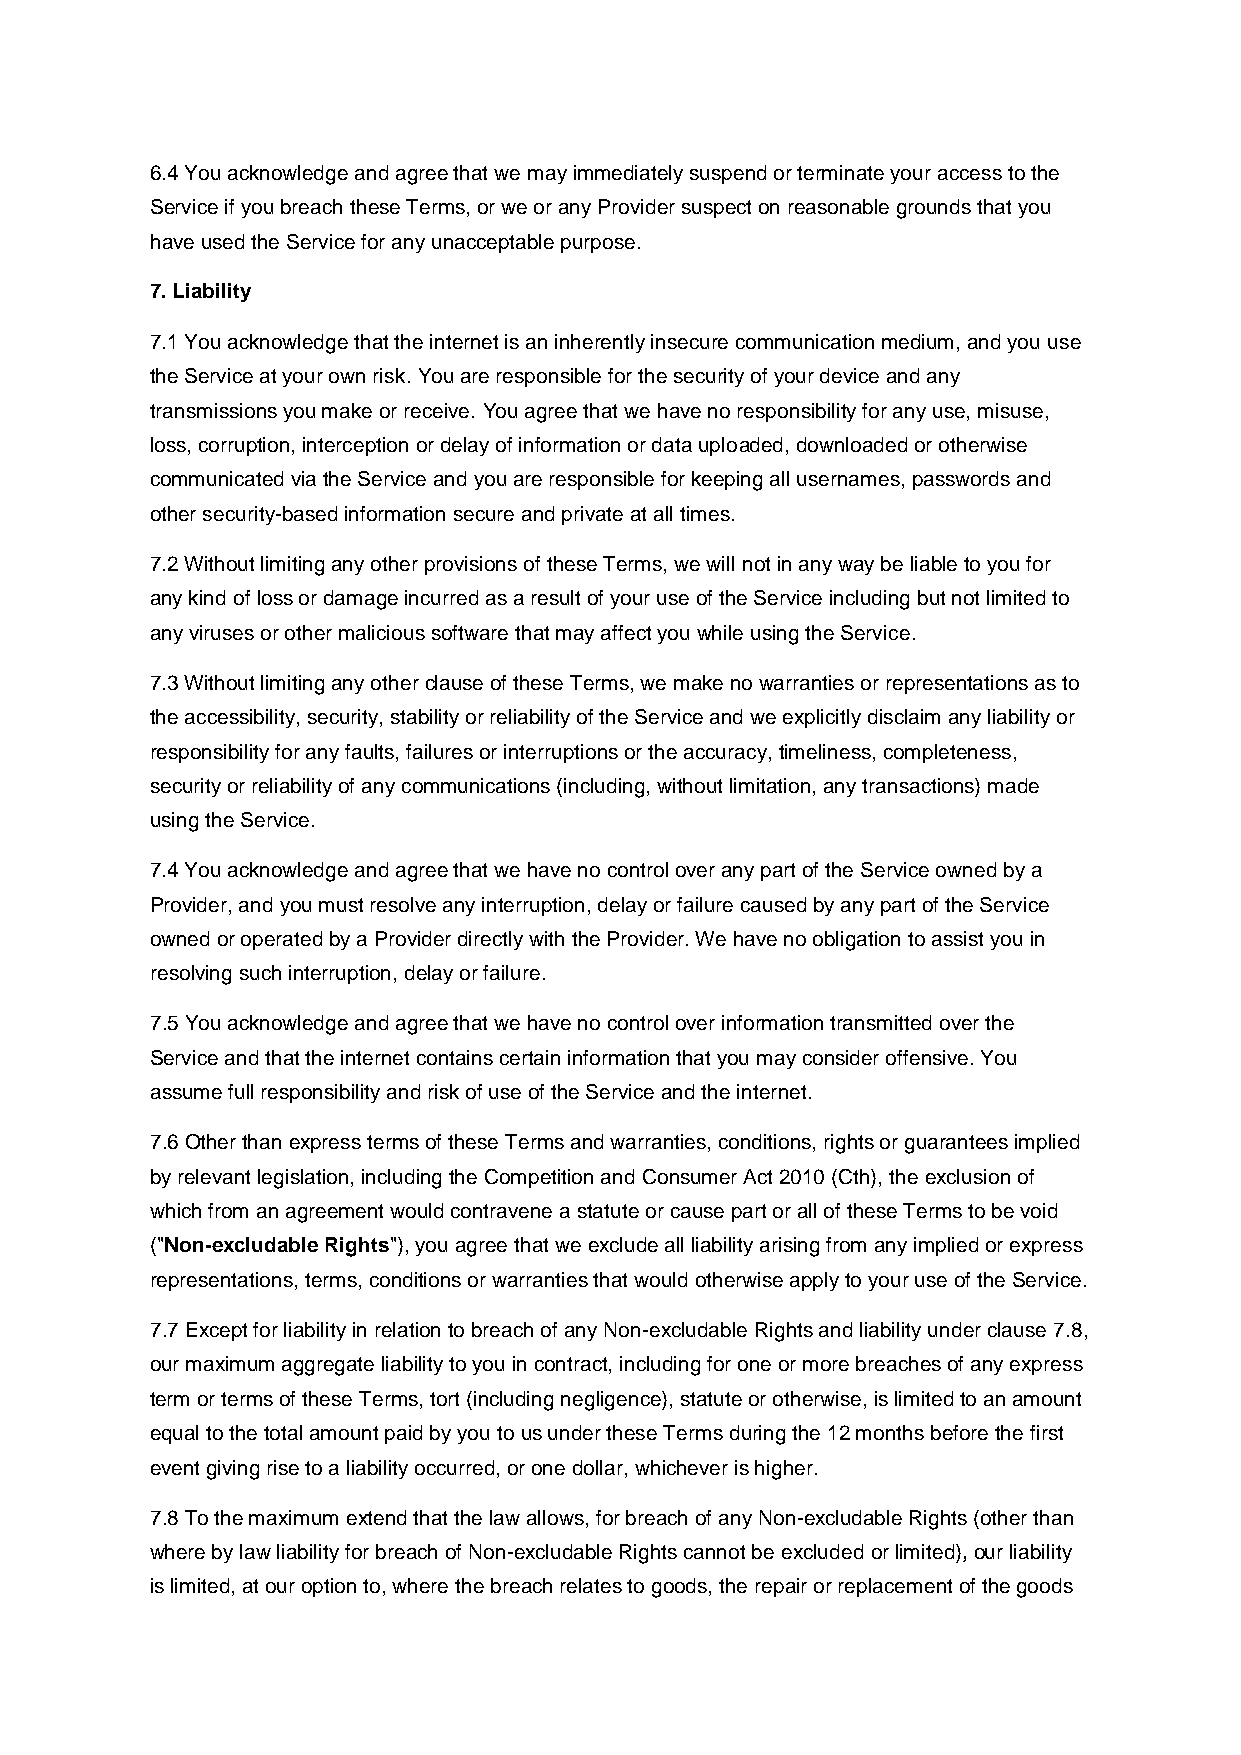
6.4 You acknowledge and agree that we may immediately suspend or terminate your access to the
 Service if you breach these Terms, or we or any Provider suspect on reasonable grounds that you
 have used the Service for any unacceptable purpose.
 7. Liability
 7.1 You acknowledge that the internet is an inherently insecure communication medium, and you use
 the Service at your own risk. You are responsible for the security of your device and any
 transmissions you make or receive. You agree that we have no responsibility for any use, misuse,
 loss, corruption, interception or delay of information or data uploaded, downloaded or otherwise
 communicated via the Service and you are responsible for keeping all usernames, passwords and
 other security-based information secure and private at all times.
 7.2 Without limiting any other provisions of these Terms, we will not in any way be liable to you for
 any kind of loss or damage incurred as a result of your use of the Service including but not limited to
 any viruses or other malicious software that may affect you while using the Service.
 7.3 Without limiting any other clause of these Terms, we make no warranties or representations as to
 the accessibility, security, stability or reliability of the Service and we explicitly disclaim any liability or
 responsibility for any faults, failures or interruptions or the accuracy, timeliness, completeness,
 security or reliability of any communications (including, without limitation, any transactions) made
 using the Service.
 7.4 You acknowledge and agree that we have no control over any part of the Service owned by a
 Provider, and you must resolve any interruption, delay or failure caused by any part of the Service
 owned or operated by a Provider directly with the Provider. We have no obligation to assist you in
 resolving such interruption, delay or failure.
 7.5 You acknowledge and agree that we have no control over information transmitted over the
 Service and that the internet contains certain information that you may consider offensive. You
 assume full responsibility and risk of use of the Service and the internet.
 7.6 Other than express terms of these Terms and warranties, conditions, rights or guarantees implied
 by relevant legislation, including the Competition and Consumer Act 2010 (Cth), the exclusion of
 which from an agreement would contravene a statute or cause part or all of these Terms to be void
 ("Non-excludable Rights"), you agree that we exclude all liability arising from any implied or express
 representations, terms, conditions or warranties that would otherwise apply to your use of the Service.
 7.7 Except for liability in relation to breach of any Non-excludable Rights and liability under clause 7.8,
 our maximum aggregate liability to you in contract, including for one or more breaches of any express
 term or terms of these Terms, tort (including negligence), statute or otherwise, is limited to an amount
 equal to the total amount paid by you to us under these Terms during the 12 months before the first
 event giving rise to a liability occurred, or one dollar, whichever is higher.
 7.8 To the maximum extend that the law allows, for breach of any Non-excludable Rights (other than
 where by law liability for breach of Non-excludable Rights cannot be excluded or limited), our liability
 is limited, at our option to, where the breach relates to goods, the repair or replacement of the goods